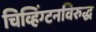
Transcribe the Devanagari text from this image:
चिव्हिंग्टनविरुद्ध